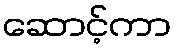
ဆောင့်ကာ